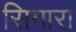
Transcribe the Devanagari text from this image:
सिगारा